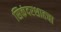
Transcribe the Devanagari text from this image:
सिकंदरशाहचा